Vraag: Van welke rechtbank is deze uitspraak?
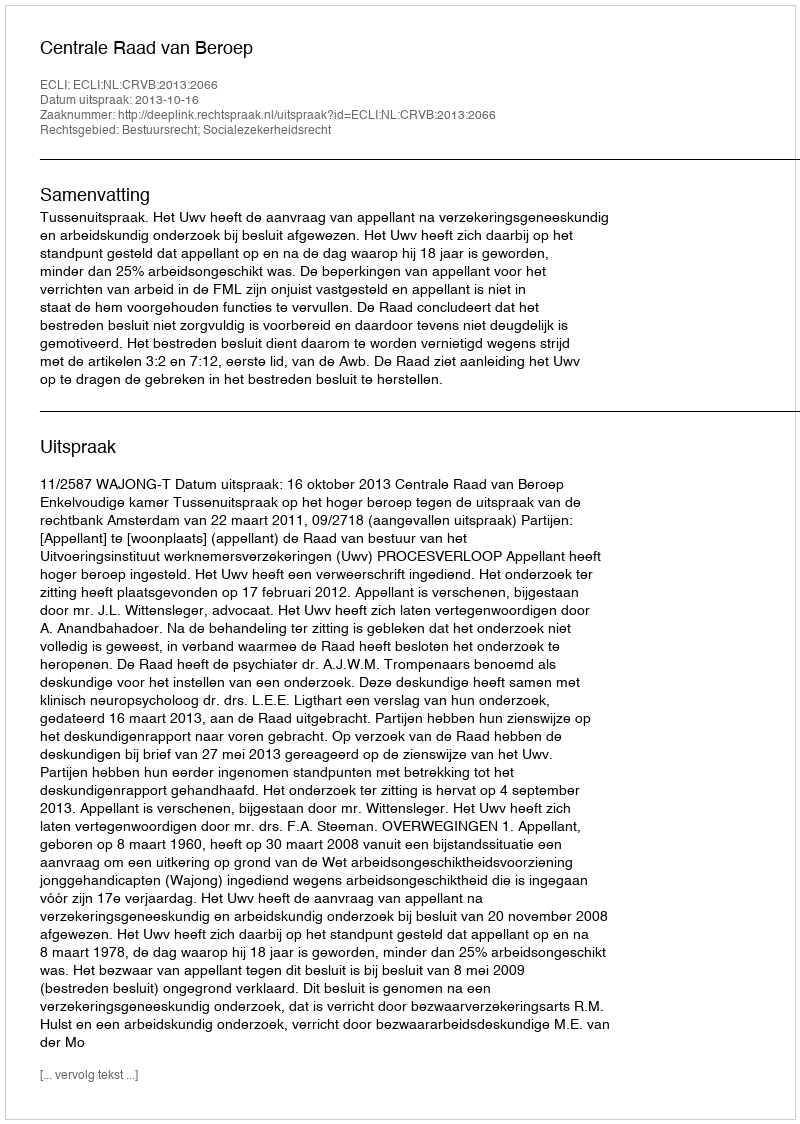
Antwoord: Centrale Raad van Beroep